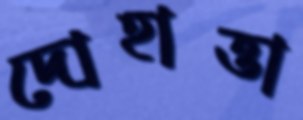
দোহাত্তা